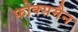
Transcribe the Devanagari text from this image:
फोक्समैन